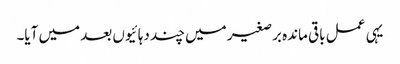
یہی عمل باقی ماندہ برصغیر میں چند دہائیوں بعد میں آیا۔